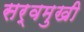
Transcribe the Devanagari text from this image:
सर्वमुखी